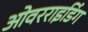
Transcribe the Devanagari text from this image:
ओवरराइडिंग